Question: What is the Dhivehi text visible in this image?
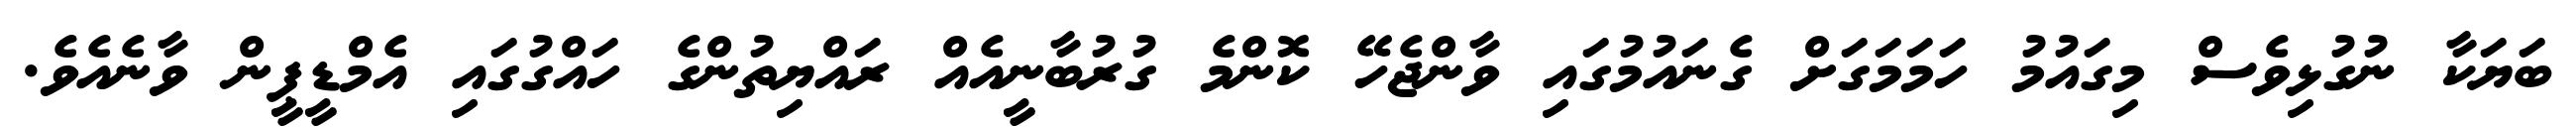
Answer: ބަޔަކާ ނުގުޅިވެސް މިގައުމު ހަމަމަގަށް ގެނައުމުގައި ވާންޖެހޭ ކޮންމެ ގުރުބާނީއެއް ރައްޔިތުންގެ ހައްގުގައި އެމްޑީޕީން ވާނެއެވެ.